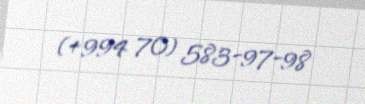
(+994 70) 583-97-98